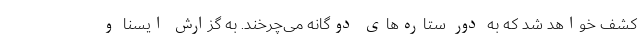
کشف خواهد شد که به دور ستاره‌های دوگانه می‌چرخند. به گزارش ایسنا و